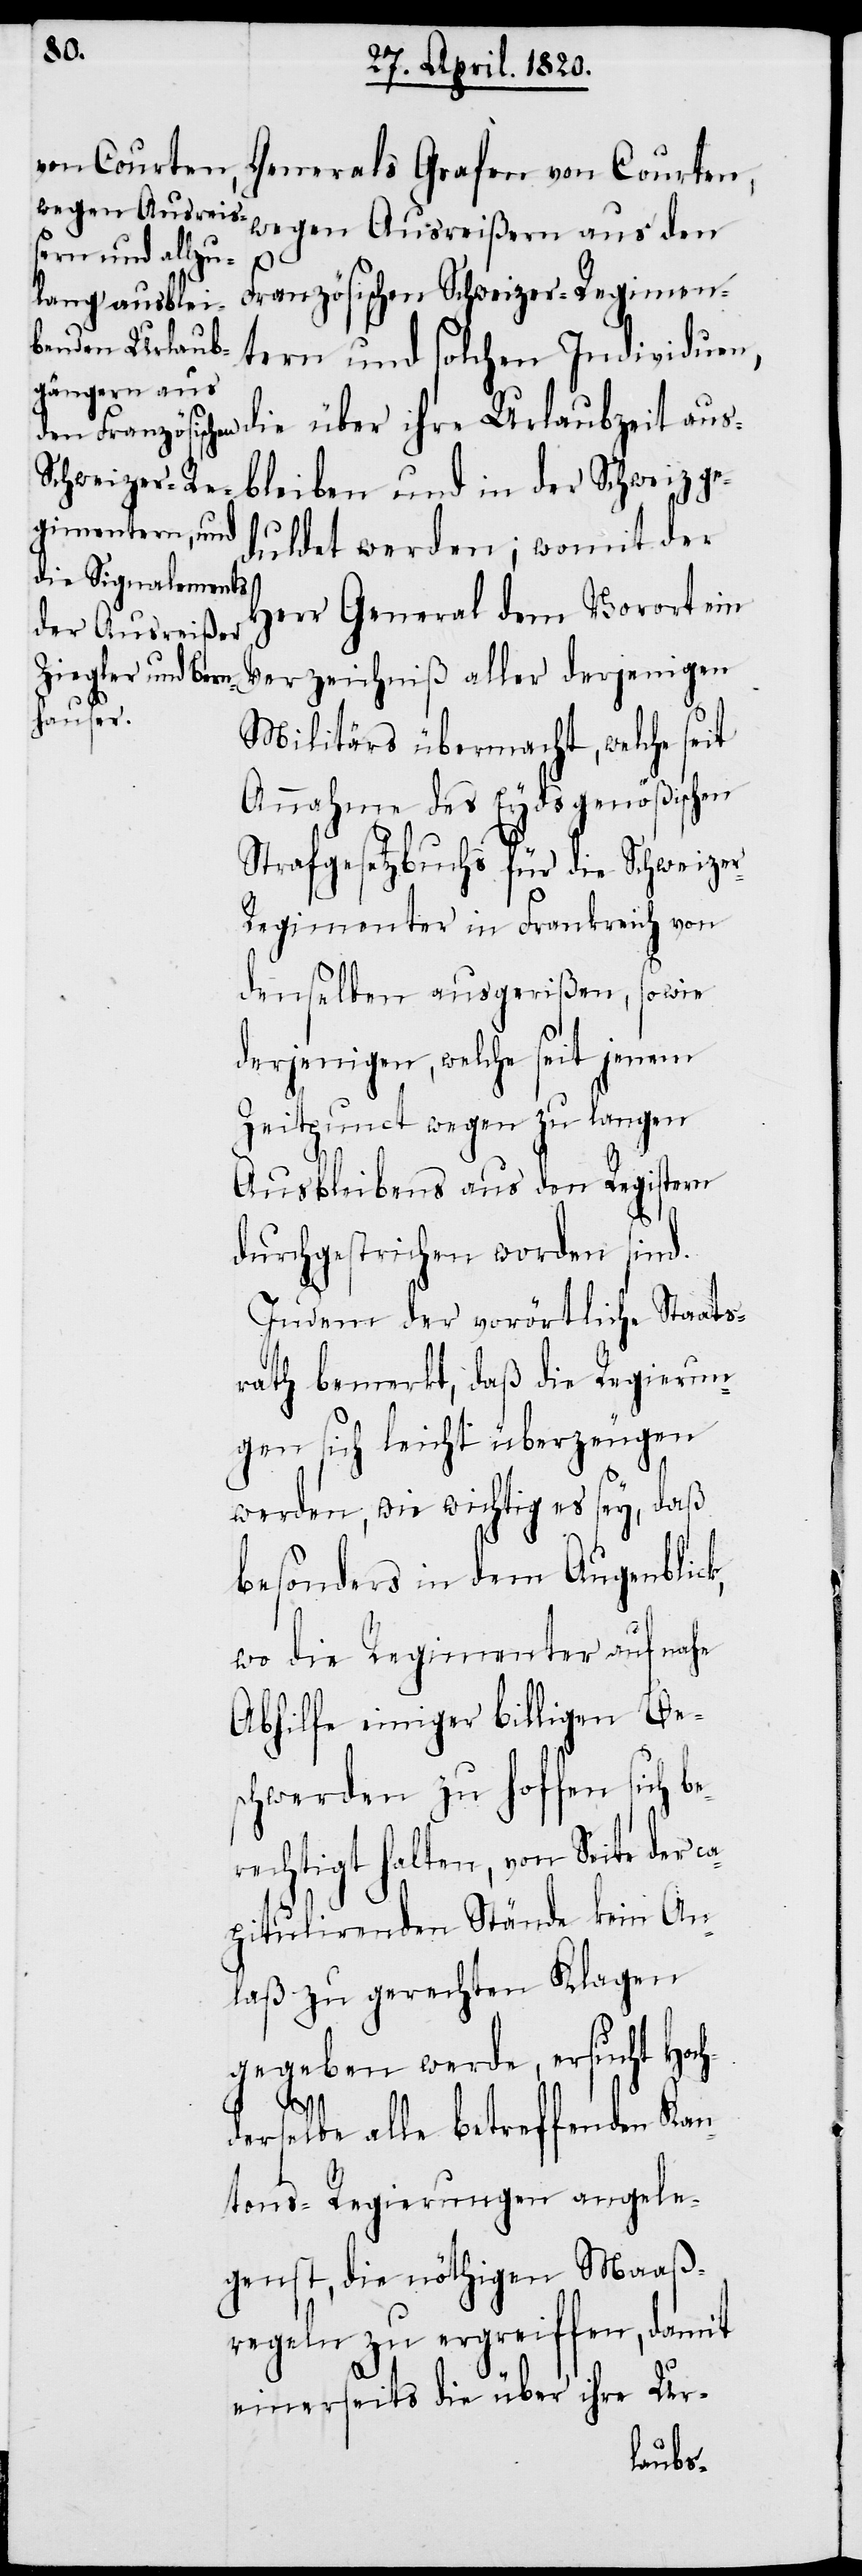
Generals Grafen von Courten,
wegen Ausreißern aus den
Französischen Schweizer-Regimen¬
tern und solchen Individuen,
bleiben und in der Schweiz ge¬
duldet werden; womit der
Herr General dem Vorort ein
Verzeichniß aller derjenigen
Militärs übermacht, welche seit
Annahme des Eydsgenößischen
Strafgesetzbuchs für die Schweizer
Regimenter in Frankreich von
denselben ausgerißen, sowie
derjenigen, welche seit jenem
Zeitpunct wegen zu langen
Ausbleibens aus den Registern
durchgestrichen worden sind.
Indem der vorörtliche Staats¬
rath bemerkt, daß die Regierun¬
gen sich leicht überzeugen
werden, wie wichtig es sey, daß
besonders in dem Augenblick,
wo die Regimenter auf nahe
Abhilfe einiger billigen Be¬
schwerden zu hoffen sich be¬
rechtigt halten, von Seite der c¬
apitulirenden Stände kein An¬
laß zu gerechten Klagen
gegeben werde, versucht Hoch¬
derselbe alle betreffenden Kan¬
tons-Regierungen angele¬
genst, die nöthigen Maaß¬
regeln zu ergreifen, damit
einerseits die über ihre Ur-
aus¬